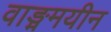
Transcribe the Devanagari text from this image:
वाङ्ममयीन